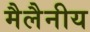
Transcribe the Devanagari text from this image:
मैलैनीय